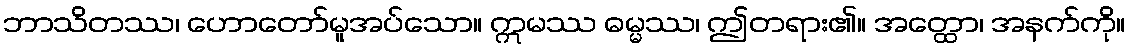
ဘာသိတဿ၊ ဟောတော်မူအပ်သော။ ဣမဿ ဓမ္မဿ၊ ဤတရား၏။ အတ္ထော၊ အနက်ကို။